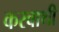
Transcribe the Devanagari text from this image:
करवाथी